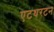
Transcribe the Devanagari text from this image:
एटथरटन